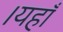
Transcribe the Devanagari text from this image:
।यहाँ